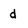
Character: d